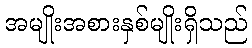
အမျိုးအစားနှစ်မျိုးရှိသည်